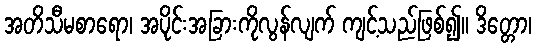
အတိသီမစာရော၊ အပိုင်းအခြားကိုလွန်လျက် ကျင့်သည်ဖြစ်၍။ ဒိတ္တော၊